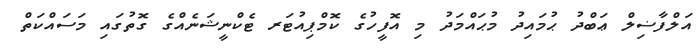
އަލްފާޟިލް ޢަބްދު ޙުމައިދު މުޙައްމަދު މި އޮފީހުގެ ކޮމްޕިއުޓަރ ޓެކްނީޝަނެއްގެ ގޮތުގައި މަސައްކަތް